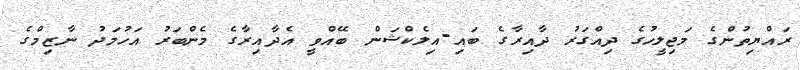
ރައްޔިތުންގެ މަޖިލީހުގެ ދިއްގަރު ދާއިރާގެ ބައި-އިލެކްޝަން ބޭއްވީ އެދާއިރާގެ މެންބަރު އަހުމަދު ނާޒިމްގެ